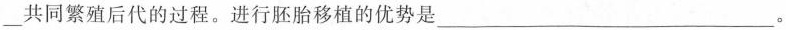
___共同繁殖后代的过程。进行胚胎移植的优势是___。